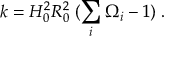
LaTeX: k = H _ { 0 } ^ { 2 } R _ { 0 } ^ { 2 } \; ( \sum _ { i } \Omega _ { i } - 1 ) \; .